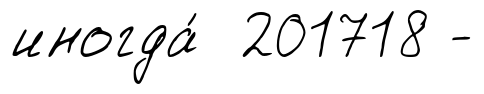
иногда́ 201718 -